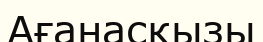
Ағанасқызы